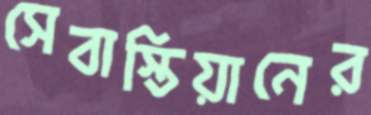
সেবাস্তিয়ানের